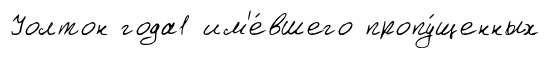
Уолтон года1 им'е́вшего пропу́щенных